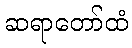
ဆရာတော်ထံ